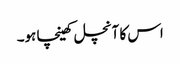
اس کا آنچل کھینچا ہو۔